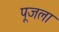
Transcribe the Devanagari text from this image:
पूजला